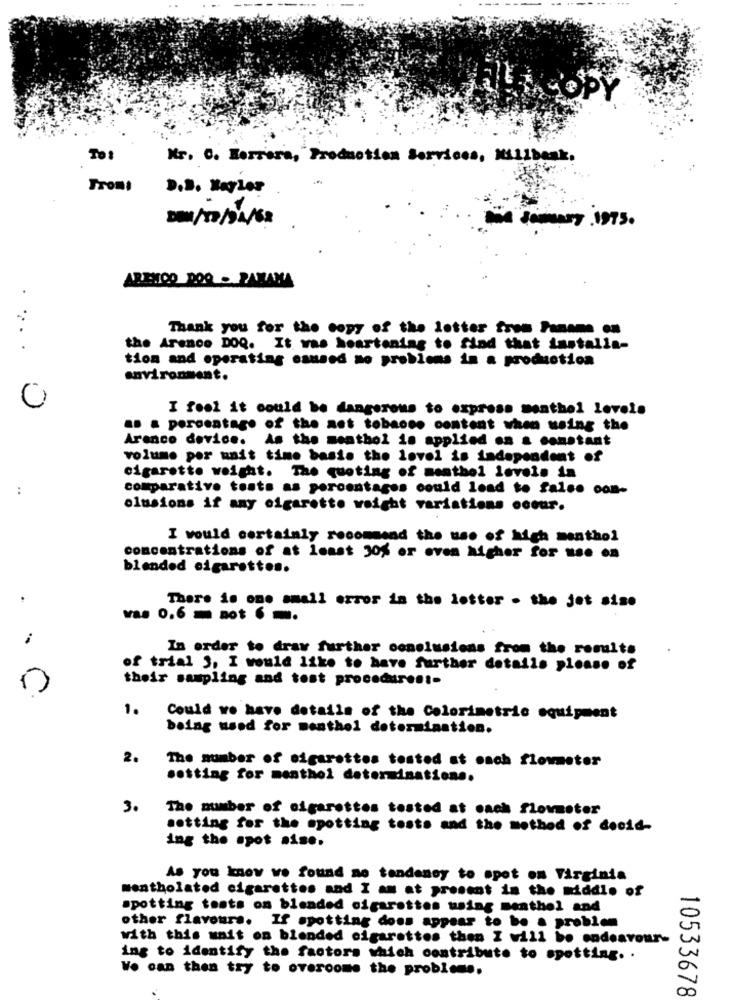
TO:
Mr. C. Herrera, Production Services, Millbank.
From!
D.B. HayLer
a Summary , 1975 .
AREWOO DOO - PARANA
Thank you for the copy of the letter from Paname en
....
the Arence DOQ. It was heartening to find that installa-
tion and operating osused no problems in a production
environment.
I feel it could be dangerous to express menthol levels
.. . percentage of the net tobacco content when using the
Arenco device.
As the menthol is applied on a constant
volume per unit time basis the lovel is independent of
cigarette weight. The quoting of menthol levels in
:
comparativo tosta as percentages could lead to false con-
olusions if any cigarette voight variations coeur.
I would certainly recommend the use of high menthol
concentrations of at least 30% or even higher for use on
blended cigarettes.
There is one small error in the letter - the jet sise
vas 0.6 not 6 -.
In order to draw further conelusiens from the results
of trial 3, I would like to have further details please of
their sampling and tost procedures !-
1.
Could we have details of the Colorimetric equipment
being used for menthol determination.
2.
The number of cigarettes tested at each flowmeter
setting for menthol determinations.
3.
The number of cigarettes tested at each flowmeter
setting for the spotting tests and the method of decid-
ing the spot aise.
As you know ve found no tendency to spot on Virginia
mentholated cigarettes and I am at present in the middle of
spotting toots on blended cigarettes using menthol and
other flavours. If spotting doos appear to be a problem
with this unit on blended cigarettes then I will be endeavour-
ing to identify the factors which contribute to spotting ..
Vo can then try to overcome the problems.
10533678